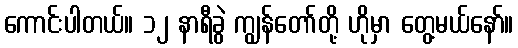
ကောင်းပါတယ်။ ၁၂ နာရီခွဲ ကျွန်တော်တို့ ဟိုမှာ တွေ့မယ်နော်။